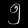
Digit: ၅